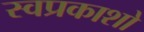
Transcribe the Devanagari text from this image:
स्वप्रकाशो